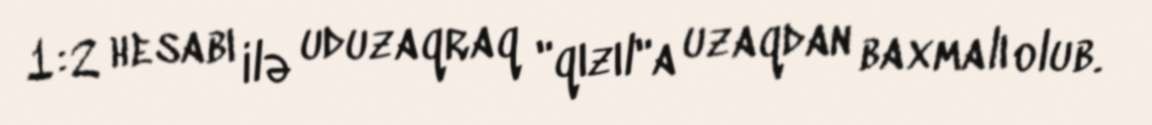
1:2 hesabı ilə uduzaqraq "qızıl"a uzaqdan baxmalı olub.